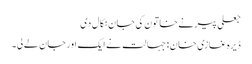
جعلی پیرنےخاتون کی جان نکال دی
ڈیرہ غازی خان : جہالت نے ایک اور جان لے لی۔